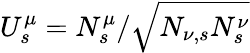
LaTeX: U_{s}^{\mu}=N_{s}^{\mu}/\sqrt{N_{\nu,s}N_{s}^{\nu}}